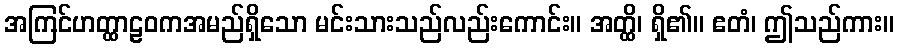
အကြင်ဟတ္ထာဠဝကအမည်ရှိသော မင်းသားသည်လည်းကောင်း။ အတ္ထိ၊ ရှိ၏။ ဧတံ၊ ဤသည်ကား။